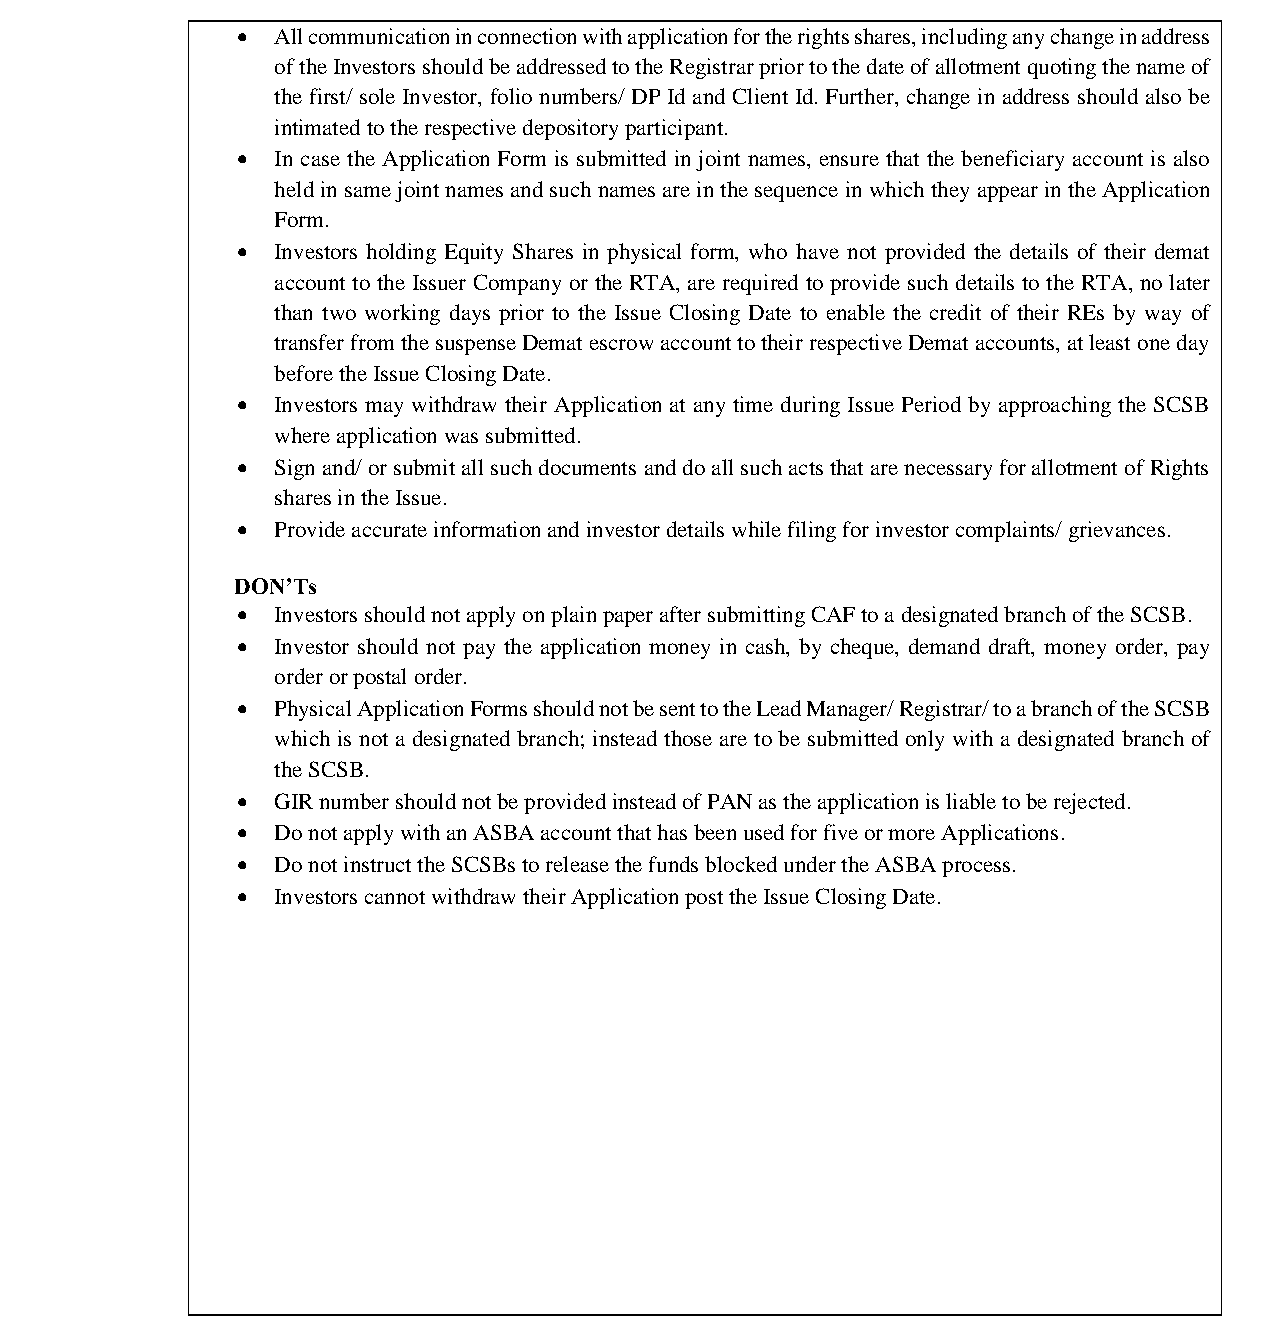
भारतीयप्रततभूततऔरवितिमयबोर्ड
 Securities and Exchange Board of India
  All communication in connection with application for the rights shares, including any change in address
 of the Investors should be addressed to the Registrar prior to the date of allotment quoting the name of
 the first/ sole Investor, folio numbers/ DP Id and Client Id. Further, change in address should also be
 intimated to the respective depository participant.
  In case the Application Form is submitted in joint names, ensure that the beneficiary account is also
 held in same joint names and such names are in the sequence in which they appear in the Application
 Form.
  Investors holding Equity Shares in physical form, who have not provided the details of their demat
 account to the Issuer Company or the RTA, are required to provide such details to the RTA, no later
 than two working days prior to the Issue Closing Date to enable the credit of their REs by way of
 transfer from the suspense Demat escrow account to their respective Demat accounts, at least one day
 before the Issue Closing Date.
  Investors may withdraw their Application at any time during Issue Period by approaching the SCSB
 where application was submitted.
  Sign and/ or submit all such documents and do all such acts that are necessary for allotment of Rights
 shares in the Issue.
  Provide accurate information and investor details while filing for investor complaints/ grievances.
 DON’Ts
  Investors should not apply on plain paper after submitting CAF to a designated branch of the SCSB.
  Investor should not pay the application money in cash, by cheque, demand draft, money order, pay
 order or postal order.
  Physical Application Forms should not be sent to the Lead Manager/ Registrar/ to a branch of the SCSB
 which is not a designated branch; instead those are to be submitted only with a designated branch of
 the SCSB.
  GIR number should not be provided instead of PAN as the application is liable to be rejected.
  Do not apply with an ASBA account that has been used for five or more Applications.
  Do not instruct the SCSBs to release the funds blocked under the ASBA process.
  Investors cannot withdraw their Application post the Issue Closing Date.
 Page 15 of 52